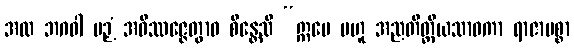
အထ ဘဂဝါ ပဉှံ အဝိဿဇ္ဇေတွာဝ စိန္တေသိ “ဣမေ ဗဟူ အညတိတ္ထိယသာဝကာ ရာဇာမစ္စာ